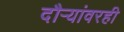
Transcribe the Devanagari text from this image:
दौर्‍यांवरही